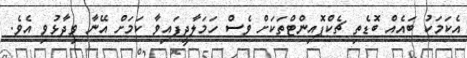
އެކަމަކު ބައެއް ބޮޑެތި ޗެކްޕޮއިންޓްތަކަށް ވެސް ހަމަލާދީފައިވާ ކަމަށް އޭނާ ވިދާޅުވި އެވެ.